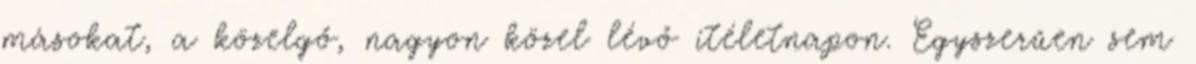
másokat, a közelgő, nagyon közel lévő ítéletnapon. Egyszerűen sem